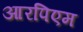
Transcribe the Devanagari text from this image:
आरपिएम